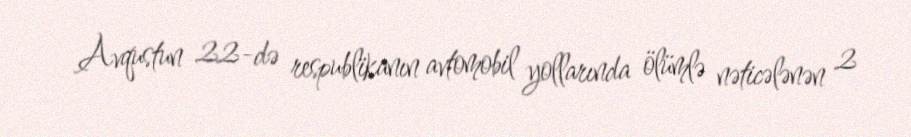
Avqustun 22-də respublikanın avtomobil yollarında ölümlə nəticələnən 2